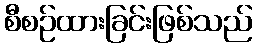
စီစဉ်ထားခြင်းဖြစ်သည်